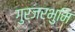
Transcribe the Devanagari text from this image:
गुर्जरभुमि